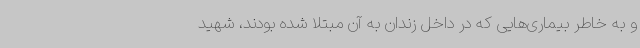
و به خاطر بیماری‌هایی که در داخل زندان به آن مبتلا شده بودند، شهید